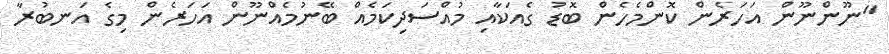
"ނޫންނޫން އަހަރެން ކޮންމެހެން ބޮޑު ގެއަކާއި މުއްސަދިކަމެއް ބޭނުމެއްނޫން އަހަރެން މިގެ އަނބުރާ